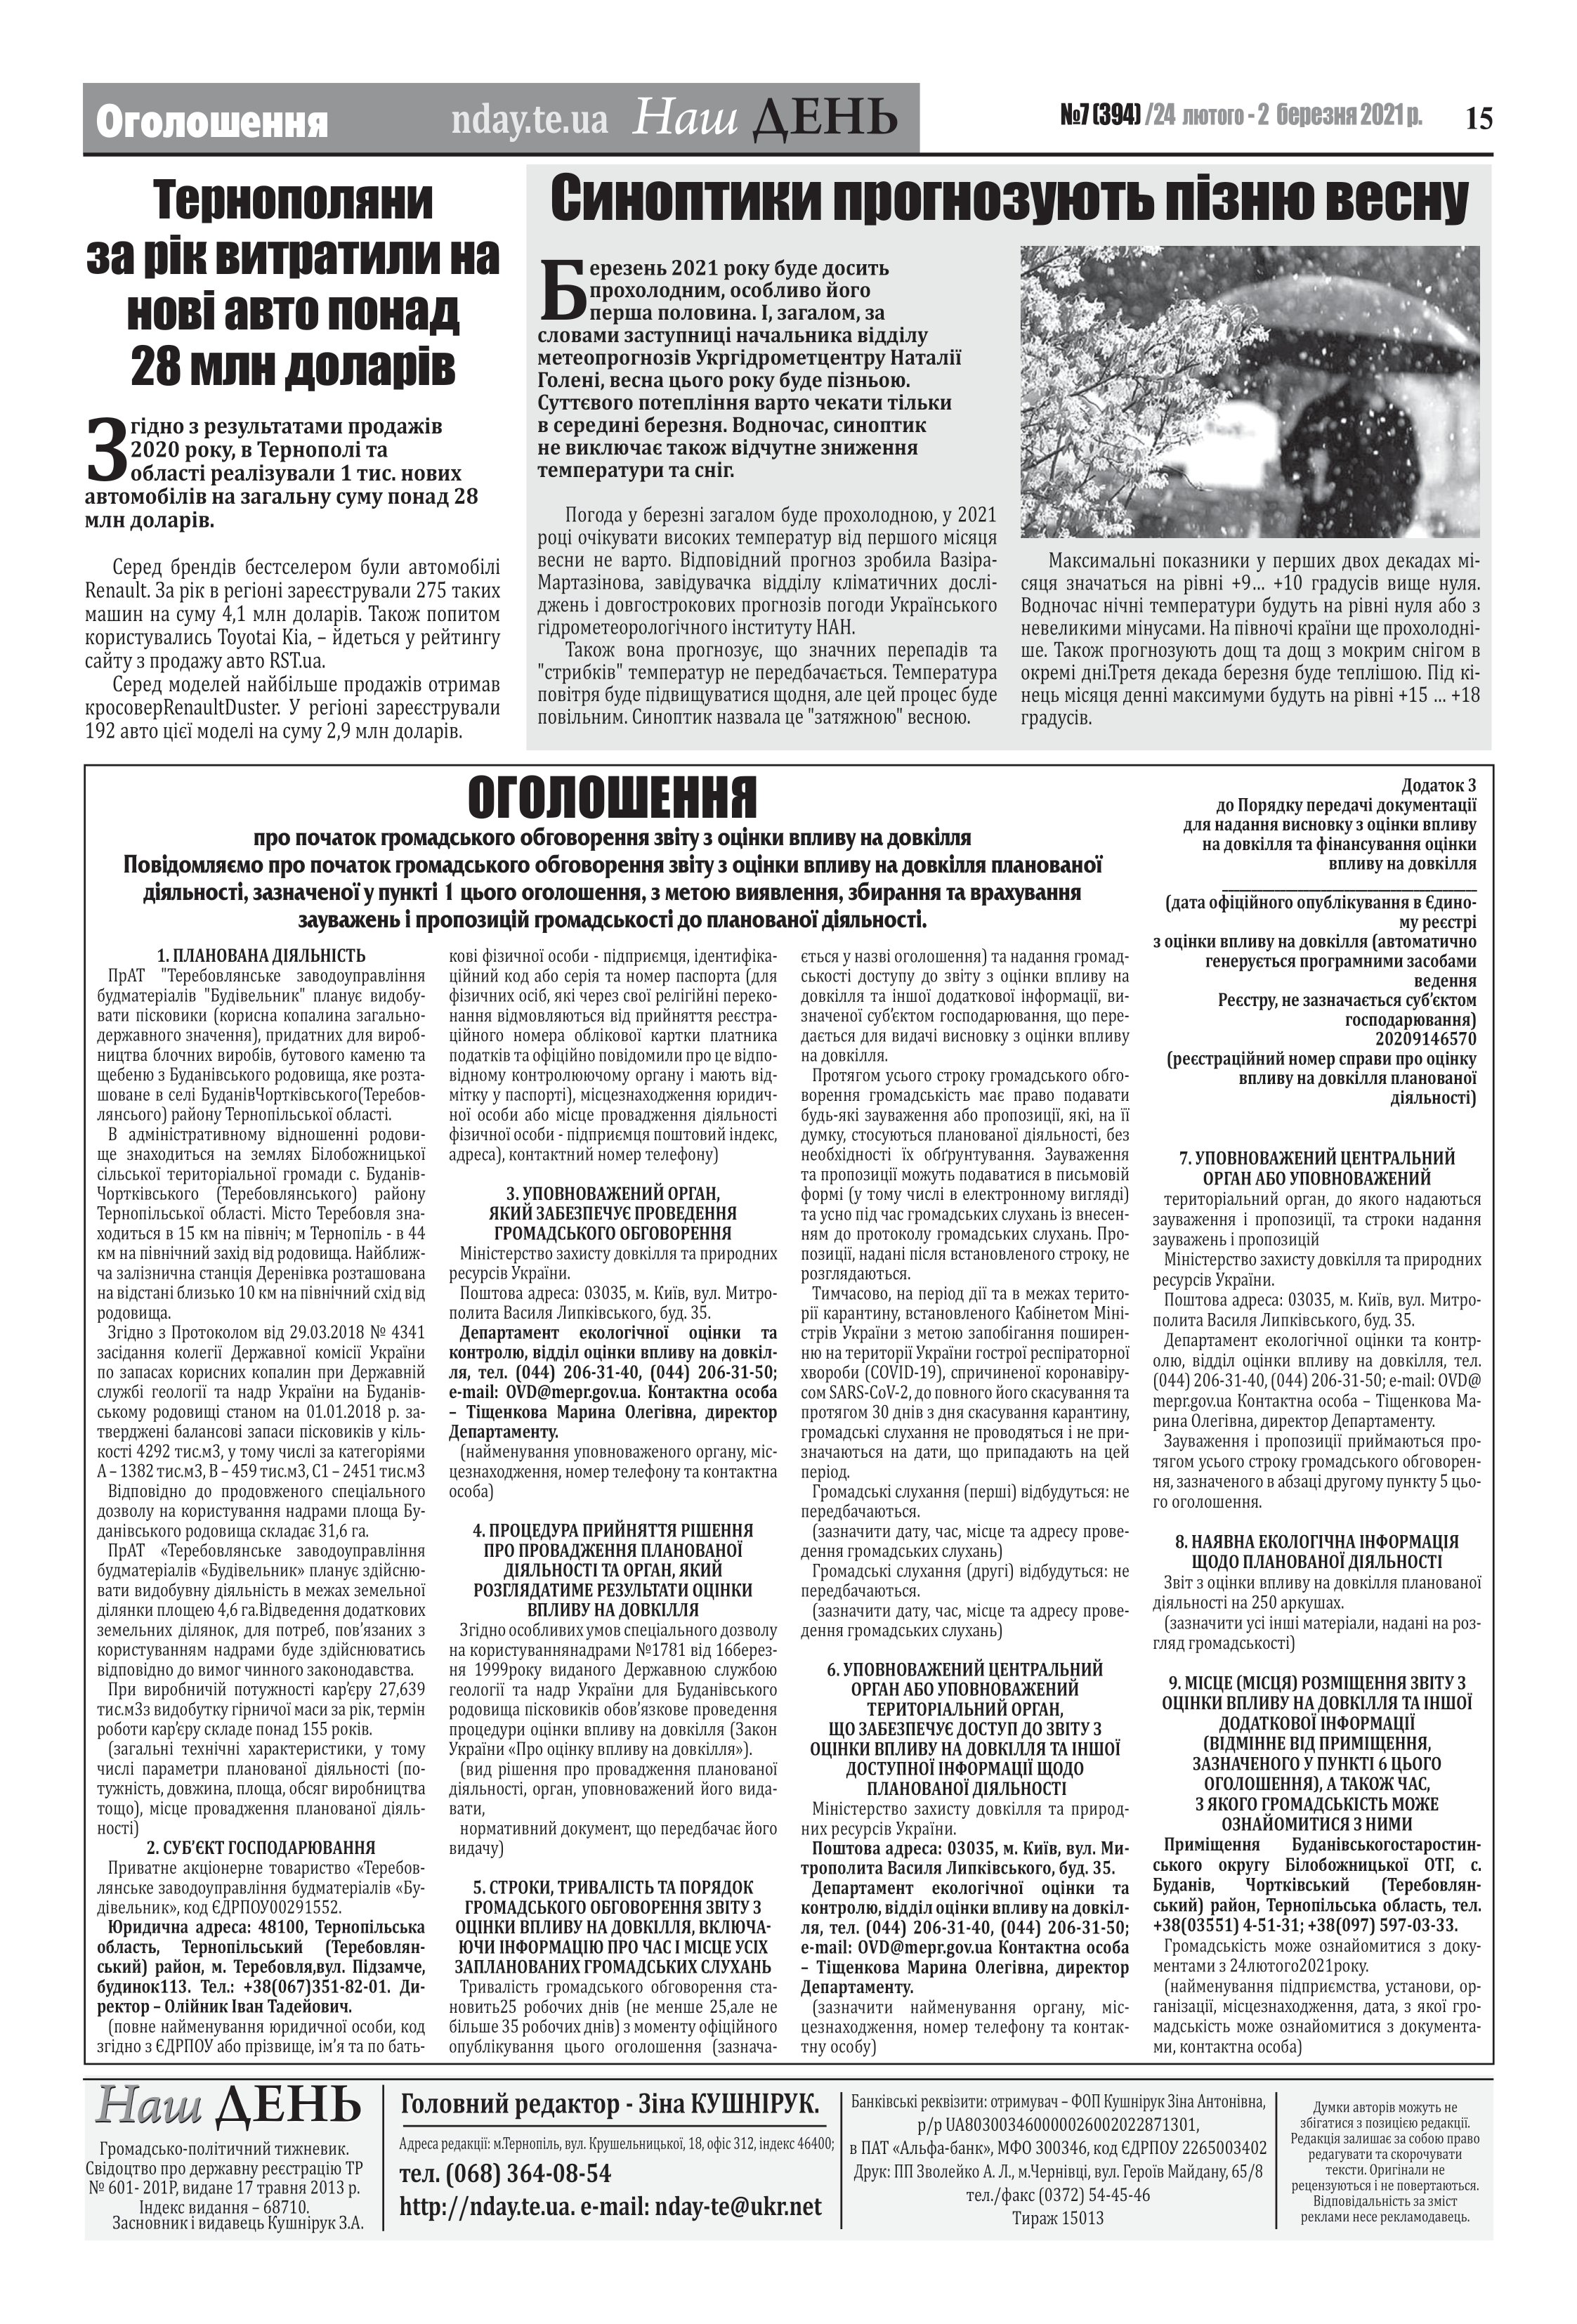
Language: uk